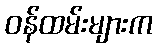
ဝန်ထမ်းများက